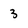
Character: 3